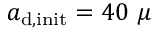
a _ { \mathrm { d , i n i t } } = 4 0 ~ \mu